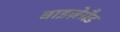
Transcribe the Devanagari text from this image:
वाइज़ेग्रैड